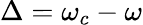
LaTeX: \Delta=\omega_{c}-\omega